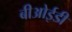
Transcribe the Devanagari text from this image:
बीओईडी